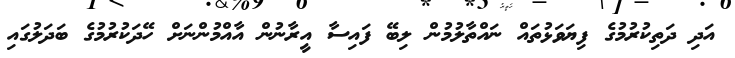
އަދި ދަތިކުރުމުގެ ފިޔަވަޅުތައް ނައްތާލުމުން ލިބޭ ފައިސާ އީރާނުން އާއްމުންނަށް ހޭދަކުުރުމުގެ ބަދަލުގައި